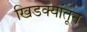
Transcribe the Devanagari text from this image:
खिडक्यांतून